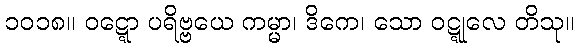
၁၀၁၈။ ဝဋ္ဋော ပရိဗ္ဗယေ ကမ္မာ၊ ဒိကေ၊ သော ဝဋ္ဋုလေ တိသု။